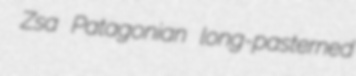
Zsa Patagonian long-pasterned